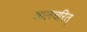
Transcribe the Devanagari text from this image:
बालचरित्‌